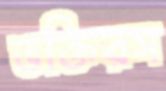
ভক্তিরস